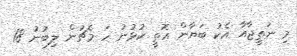
މި ނަތީޖާއާ އެކު ބަޔާން އޮތީ ކުޅުނު ހަ މެޗުން ލިބުނު 18